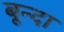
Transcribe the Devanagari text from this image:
बून्दा